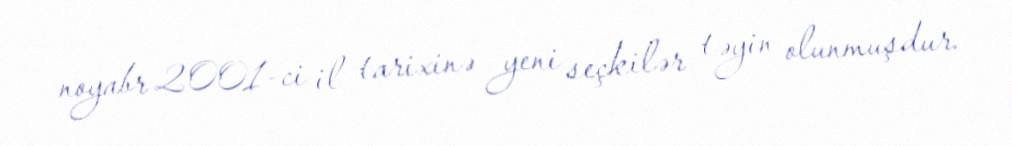
noyabr 2001-ci il tarixinə yeni seçkilər təyin olunmuşdur.